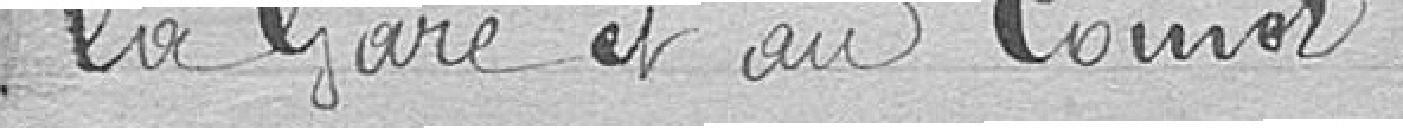
la gare et au